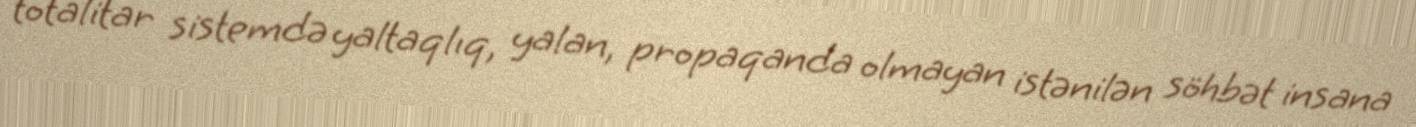
totalitar sistemdə yaltaqlıq, yalan, propaqanda olmayan istənilən söhbət insana